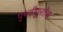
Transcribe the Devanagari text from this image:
पृथ्वीपुरतेच